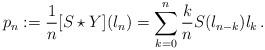
LaTeX: \begin{align*}p_n:=\frac{1}{n}[S\star Y](l_n)=\sum_{k=0}^{n}\frac{k}{n}S(l_{n-k})l_k\,.\end{align*}